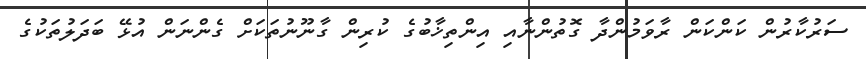
ސަރުކާރުން ކަންކަން ރާވަމުންދާ ގޮތުންނާއި އިންތިޚާބުގެ ކުރިން ގާނޫނުތަކަށް ގެންނަން އުޅޭ ބަދަލުތަކުގެ